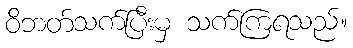
ဝိဘတ်သက်ပြီးမှ သက်ကြရသည်။